Malaria in India - Number 2
Disease focus: Malaria
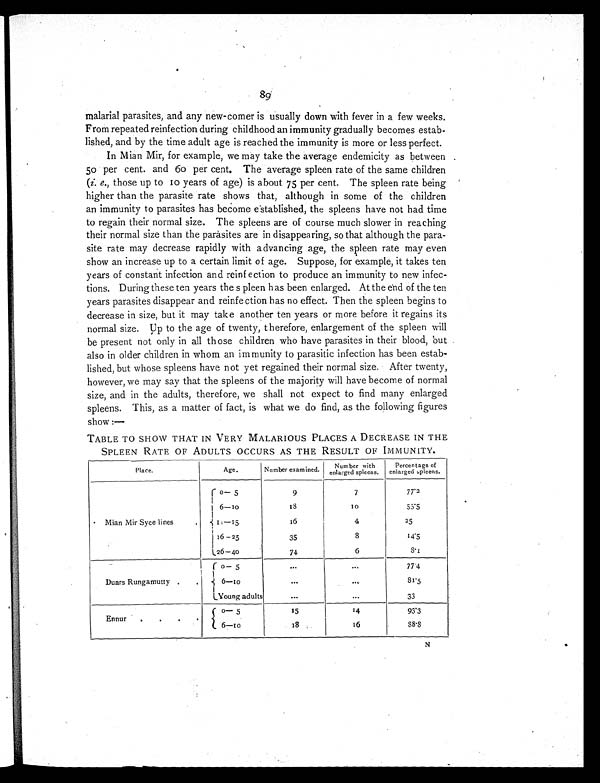
89
malarial parasites, and any new-comer is usually down with fever in a few weeks.
From repeated reinfection during childhood an immunity gradually becomes estab-
lished, and by the time adult age is reached the immunity is more or less perfect.
In Mian Mir, for example, we may take the average endemicity as between
50 per cent. and 60 per cent. The average spleen rate of the same children
(i. e., those up to 10 years of age) is about 75 per cent. The spleen rate being
higher than the parasite rate shows that, although in some of the children
an immunity to parasites has become established, the spleens have not had time
to regain their normal size. The spleens are of course much slower in reaching
their normal size than the parasites are in disappearing, so that although the para-
site rate may decrease rapidly with advancing age, the spleen rate may even
show an increase up to a certain limit of age. Suppose, for example, it takes ten
years of constant infection and reinfection to produce an immunity to new infec-
tions. During these ten years the spleen has been enlarged. At the end of the ten
years parasites disappear and reinfection has no effect. Then the spleen begins to
decrease in size, but it may take another ten years or more before it regains its
normal size. Up to the age of twenty, therefore, enlargement of the spleen will
be present not only in all those children who have parasites in their blood, but
also in older children in whom an immunity to parasitic infection has been estab-
lished, but whose spleens have not yet regained their normal size. After twenty,
however, we may say that the spleens of the majority will have become of normal
size, and in the adults, therefore, we shall not expect to find many enlarged
spleens. This, as a matter of fact, is what we do find, as the following figures
show:—
TABLE TO SHOW THAT IN VERY MALARIOUS PLACES A DECREASE IN THE
SPLEEN RATE OF ADULTS OCCURS AS THE RESULT OF IMMUNITY.
Place.
Age.
Number examined. Number with
enlarged spleens.
Percentage of
enlarged spleens.
Mian Mir Syce lines.
0—5
9
7
77·2
6 — 1 0
1 8
1 0
55·5
11—15
16
4
25
16—25
35
8
14·5
2 6 —4 0
74
6
8·1
Duars Rungamutty .
.
0—5
. . .
. . .
77·4
6 — 1 0
. . .
. . .
8 1 · 5
Young adults
. . .
. . .
33
Ennur
. . . .
0—5
15
14
93·3
6—10
18
16
8 8 · 8